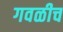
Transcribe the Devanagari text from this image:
गवळीच